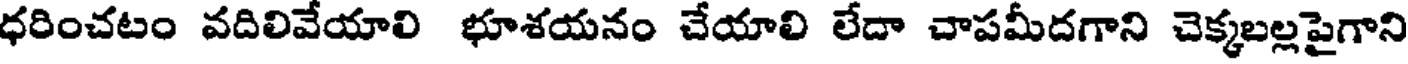
ధరించటం వదిలివేయాలి భూశయనం చేయాలి లేదా చాపమీదగాని చెక్కబల్లపైగాని